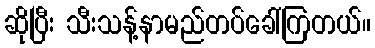
ဆိုပြီး သီးသန့်နာမည်တပ်ခေါ်ကြတယ်။